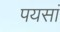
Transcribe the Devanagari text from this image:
पयसां